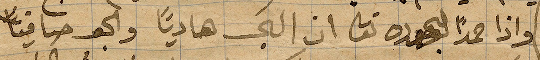
واذا حمدًا ... ان البحر هاديًا والجو صافيًأ